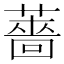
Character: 薔